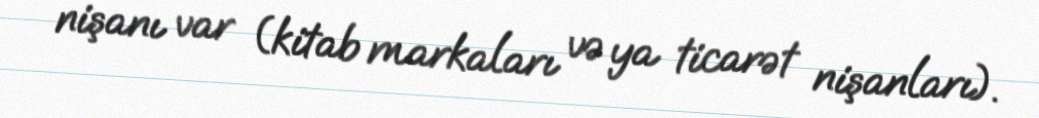
nişanı var (kitab markaları və ya ticarət nişanları).